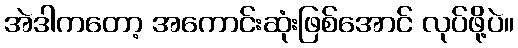
အဲဒါကတော့ အကောင်းဆုံးဖြစ်အောင် လုပ်ဖို့ပဲ။